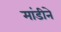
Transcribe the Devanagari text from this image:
मांडीने